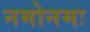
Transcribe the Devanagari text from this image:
नमोनमः